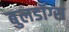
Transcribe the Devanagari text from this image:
बुलडॉग्स